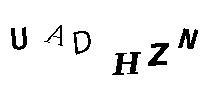
UADHZN